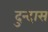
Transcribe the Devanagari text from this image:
दुन्दास